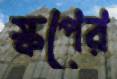
স্কপের